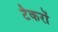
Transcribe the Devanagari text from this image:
टैकरों